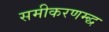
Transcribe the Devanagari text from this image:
समीकरणम्द्ध